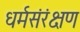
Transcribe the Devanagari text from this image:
धर्मसंरंक्षण